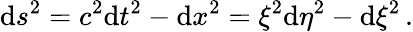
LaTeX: \mathrm{d}s^{2}=c^{2}\mathrm{d}t^{2}-\mathrm{d}x^{2}=\xi^{2}\mathrm{d}\eta^{2}-\mathrm{d}\xi^{2}\, .